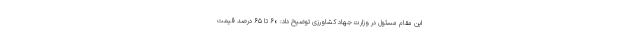
این مقام مسئول در وزارت جهاد کشاورزی توضیح داد: ۶۰ تا ۶۵ درصد قیمت